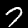
Digit: 7